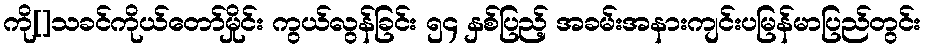
ကို[]သခင်ကိုယ်တော်မှိုင်း ကွယ်လွန်ခြင်း ၅၄ နှစ်ပြည့် အခမ်းအနားကျင်းပမြန်မာပြည်တွင်း